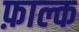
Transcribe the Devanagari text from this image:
फ़ाल्क